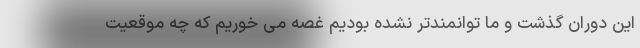
این دوران گذشت و ما توانمندتر نشده بودیم غصه می خوریم که چه موقعیت